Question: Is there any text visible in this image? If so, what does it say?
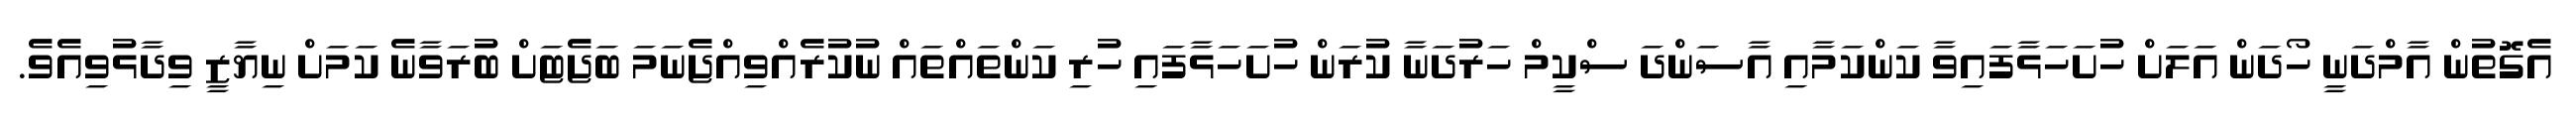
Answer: އެގޮތުން އާމްދަނީ ހޯދަން އަލަށް ހުށަހަޅާފައިވާ ކަންކަމާއި އާސަންދަ ސްކީމް ހަރުދަނާ ކުރަން ހުށަހަޅާފައި ހުރި ކަންތައްތައް ނުކުރެއްވިއްޖެނަމަ ބަޖެޓަށް ބުރަވާނެ ކަމަށް ނިޔާޒީ ވިދާޅުވިއެވެ.